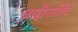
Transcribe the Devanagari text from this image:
जाहीरातीचे